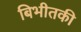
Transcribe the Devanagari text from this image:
बिभीतकी